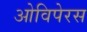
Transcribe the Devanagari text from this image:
ओविपेरस